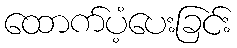
ထောက်ပံ့ပေးခြင်း